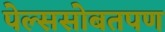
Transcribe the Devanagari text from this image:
पेल्ससोबतपण